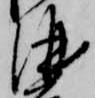
酒